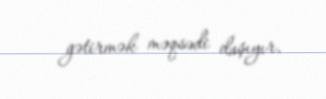
gətirmək məqsədi daşıyır.